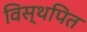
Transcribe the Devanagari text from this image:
विस्थपित